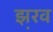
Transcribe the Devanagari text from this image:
झ़रव